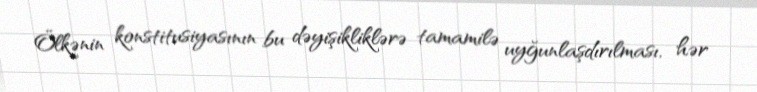
Ölkənin konstitusiyasının bu dəyişikliklərə tamamilə uyğunlaşdırılması, hər